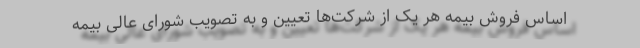
اساس فروش بیمه هر یک از شرکت‌ها تعیین و به تصویب شورای عالی بیمه